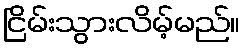
ငြိမ်းသွားလိမ့်မည်။